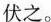
伏之。